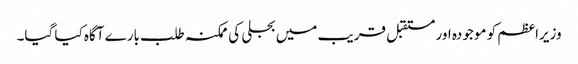
وزیراعظم کو موجودہ اور مستقبل قریب میں بجلی کی ممکنہ طلب بارے آگاہ کیا گیا۔